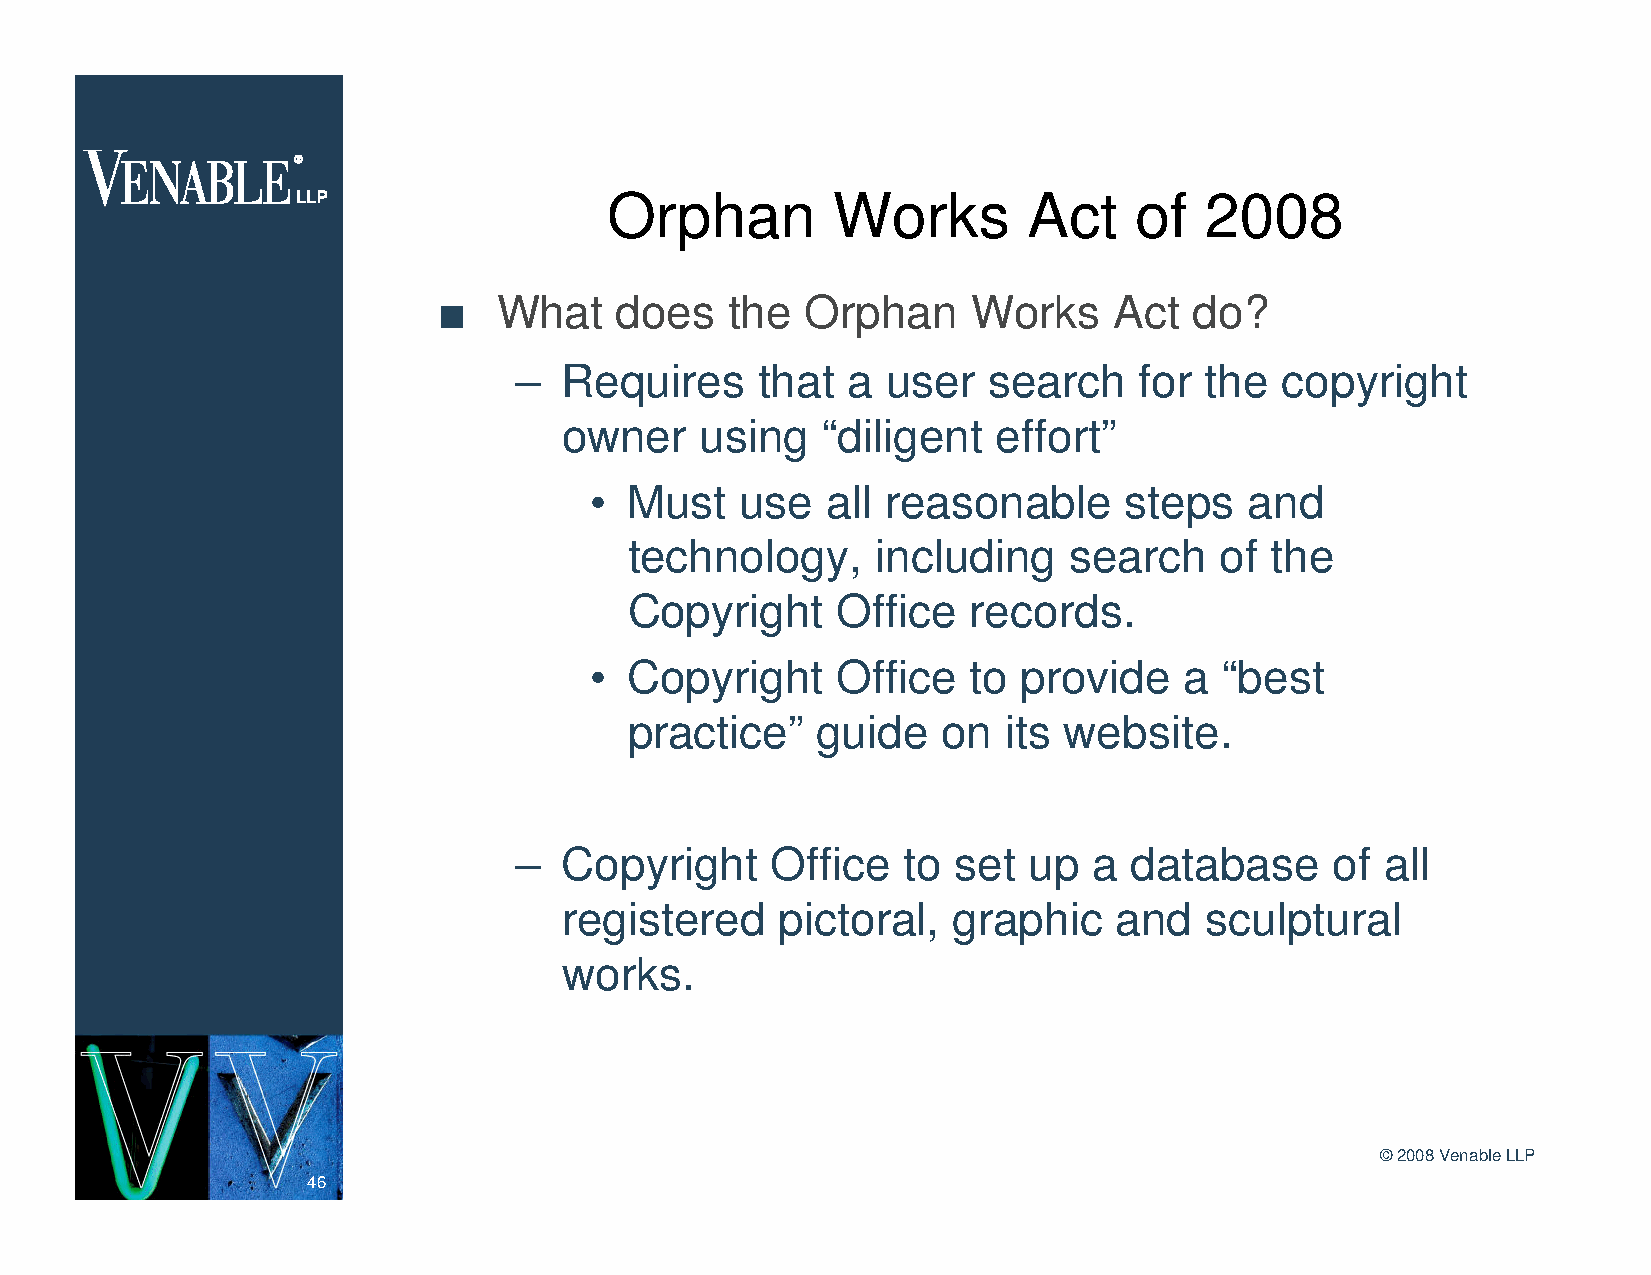
Orphan         Works        Act    of   2008
 n   What    does   the  Orphan     Works     Act  do?
 –  Requires     that  a  user  search    for  the  copyright
 owner    using   “diligent   effort”
 •  Must   use   all reasonable     steps    and
 technology,     including    search    of the
 Copyright    Office   records.
 •  Copyright    Office   to  provide   a  “best
 practice”   guide   on   its website.
 –  Copyright     Office   to set  up  a  database     of  all
 registered     pictoral,  graphic    and   sculptural
 works.
 ©2008 Venable LLP
 46